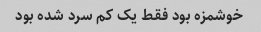
خوشمزه بود فقط یک کم سرد شده بود